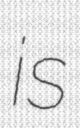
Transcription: is